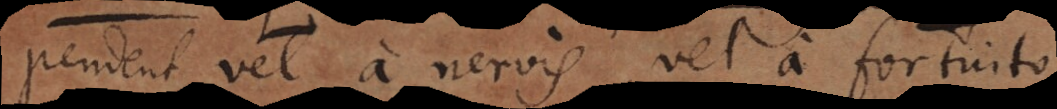
pendent vel a nervis, vel a fortuito